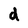
Character: d